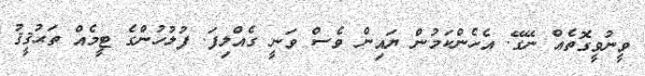
ވީނުވީގޮތެއް ނޭގޭ. އެހެންކަމުން ޔައިން ވެސް ވަނީ ގެއްލިފަ. ފުލުހުންގެ ޓީމެއް ތަޙުޤީޤު